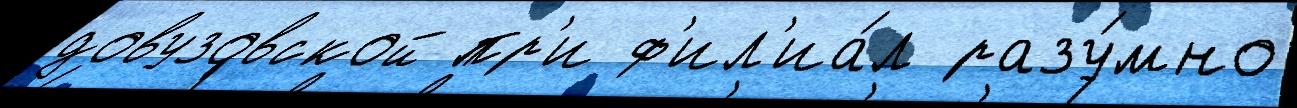
довузовской пр'и ф'ил'иа́л разу́мно